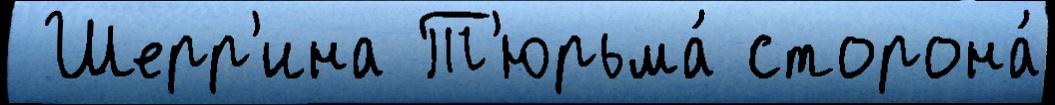
 Шерр'ина Т'юрьма́ сторона́